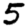
Digit: 5